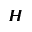
\pmb { H }